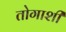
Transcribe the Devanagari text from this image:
तोगाशी